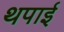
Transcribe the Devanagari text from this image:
थपाई